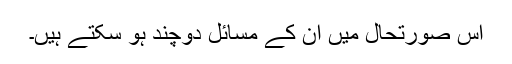
اس صورتحال میں ان کے مسائل دوچند ہو سکتے ہیں۔